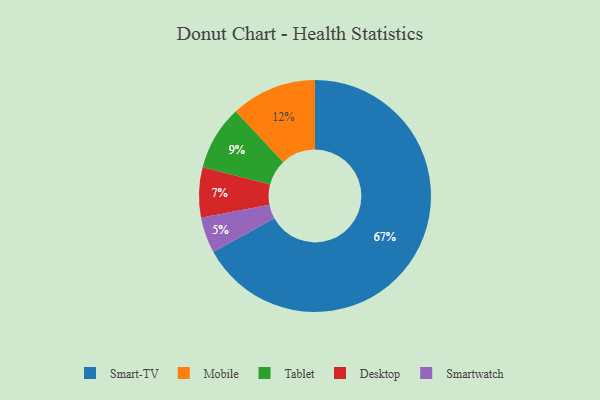
{"axis": {"x": "Category", "y": "Percentage"}, "legend": ["Desktop", "Mobile", "Smart-TV", "Smartwatch", "Tablet"], "data": [{"x": "Tablet", "y": 9, "type": "Tablet"}, {"x": "Mobile", "y": 12, "type": "Mobile"}, {"x": "Smartwatch", "y": 5, "type": "Smartwatch"}, {"x": "Desktop", "y": 7, "type": "Desktop"}, {"x": "Smart-TV", "y": 67, "type": "Smart-TV"}]}